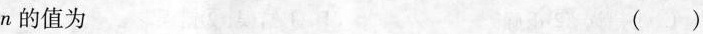
n的值为 ()